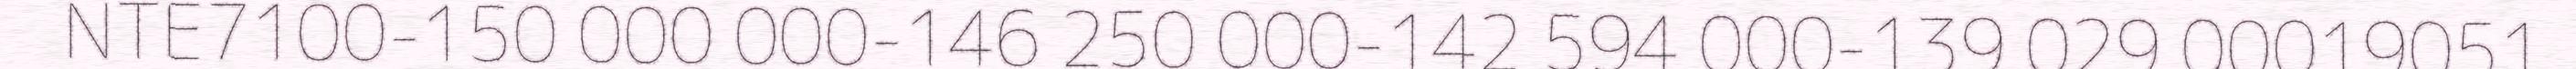
NTE7100-150 000 000-146 250 000-142 594 000-139 029 00019051